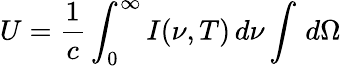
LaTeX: U={\frac{1}{c}}\int_{0}^{\infty}I(\nu,T)\, d\nu\int\, d\Omega